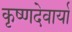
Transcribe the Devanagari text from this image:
कृष्णदेवार्या